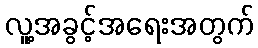
လူ့အခွင့်အရေးအတွက်